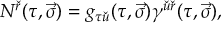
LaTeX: N ^ { \check { r } } ( \tau , \vec { \sigma } ) = g _ { \tau \check { u } } ( \tau , \vec { \sigma } ) \gamma ^ { \check { u } \check { r } } ( \tau , \vec { \sigma } ) ,